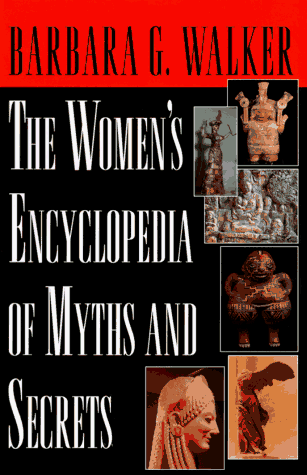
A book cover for Women's Encyclopedia of Myths and Secrets; Barbara G. Walker; Literature & Fiction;